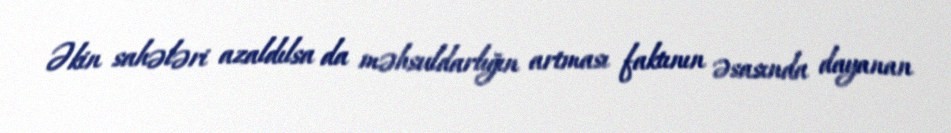
Əkin sahələri azaldılsa da məhsuldarlığın artması faktının əsasında dayanan